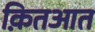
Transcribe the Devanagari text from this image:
क़ितआत